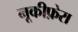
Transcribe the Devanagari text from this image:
नूकीफ़ेरा